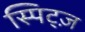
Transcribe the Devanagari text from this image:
स्पिट्ज़